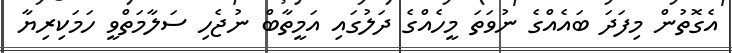
އެގޮތުން މިފަދަ ބައެއްގެ ނުވަތަ މީހެއްގެ ދަލުގައި އަމީތާބް ނުޖެހި ސަލާމަތްވީ ހަމަކިރިޔާ